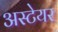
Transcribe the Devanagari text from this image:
अस्टेयर